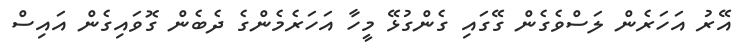
އޭރު އަހަރެން ލަސްވެގެން ގޭގައި ގެންގުޅޭ މީހާ އަހަރެމެންގެ ދެބެން ގޮވައިގެން އައިސް